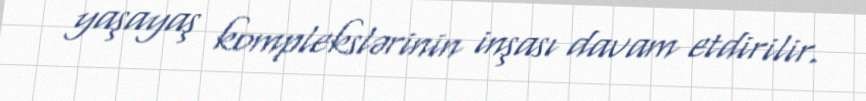
yaşayaş komplekslərinin inşası davam etdirilir.